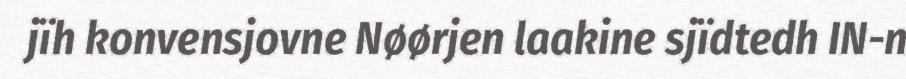
jïh konvensjovne Nøørjen laakine sjïdtedh IN-n